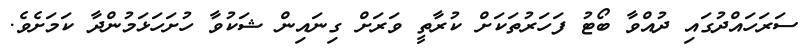
ސަރަހައްދުގައި ދުއްވާ ބޯޓު ފަހަރުތަކަށް ކުރާތީ ވަރަށް ގިނައިން ޝަކުވާ ހުށަހަޅަމުންދާ ކަމަށެވެ.